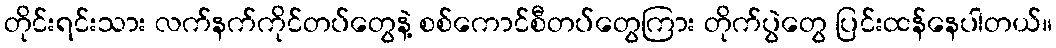
တိုင်းရင်းသား လက်နက်ကိုင်တပ်တွေနဲ့ စစ်ကောင်စီတပ်တွေကြား တိုက်ပွဲတွေ ပြင်းထန်နေပါတယ်။